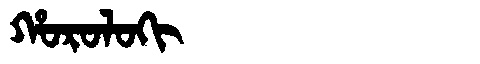
Manchu: ᡥᠣᡵᠣᠯᠣᡴᡳ
Romanization: HOROLOKI